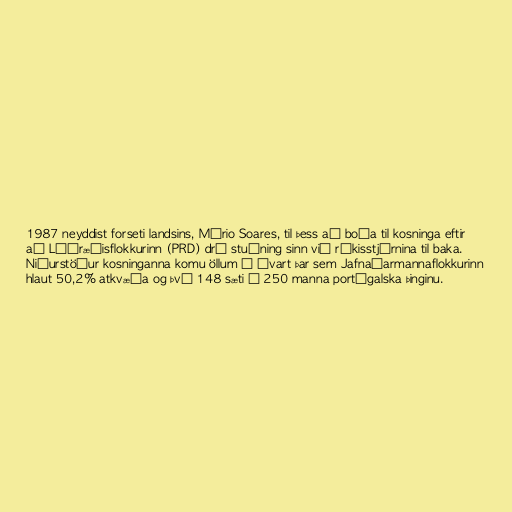
1987 neyddist forseti landsins, Mário Soares, til þess að boða til kosninga eftir
að Lýðræðisflokkurinn (PRD) dró stuðning sinn við ríkisstjórnina til baka.
Niðurstöður kosninganna komu öllum á óvart þar sem Jafnaðarmannaflokkurinn
hlaut 50,2% atkvæða og því 148 sæti á 250 manna portúgalska þinginu.